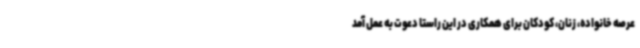
عرصه خانواده، زنان، کودکان برای همکاری در این راستا دعوت به عمل آمد